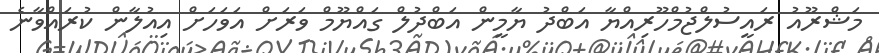
މަޝްރޫއު ރައީސުލްޖުމްހޫރިއްޔާ އަބްދު ޔާމީން އަބްދުލް ގައްޔޫމް ވަރަށް އަވަހަށް އިއުލާން ކުރައްވާނެ